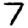
Digit: 7